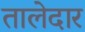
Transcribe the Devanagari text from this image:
तालेदार